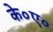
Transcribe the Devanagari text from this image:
के०ए०